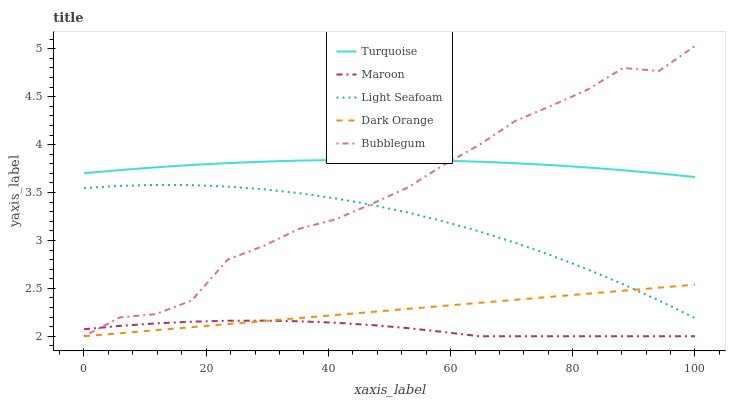
| xaxis_label | Turquoise | Maroon | Light Seafoam | Dark Orange | Bubblegum |
 | --- | --- | --- | --- | --- | --- |
 | 0 | 3.7 | 2.07 | 3.55 | 2 | 2 |
 | 5.88 | 3.73 | 2.11 | 3.57 | 2.03 | 2.2 |
 | 11.8 | 3.76 | 2.13 | 3.58 | 2.06 | 2.23 |
 | 17.6 | 3.79 | 2.15 | 3.58 | 2.1 | 2.37 |
 | 23.5 | 3.81 | 2.16 | 3.56 | 2.13 | 2.8 |
 | 29.4 | 3.82 | 2.16 | 3.53 | 2.16 | 2.94 |
 | 35.3 | 3.83 | 2.16 | 3.49 | 2.19 | 3.12 |
 | 41.2 | 3.84 | 2.14 | 3.44 | 2.22 | 3.22 |
 | 47.1 | 3.84 | 2.12 | 3.37 | 2.25 | 3.38 |
 | 52.9 | 3.84 | 2.08 | 3.29 | 2.29 | 3.55 |
 | 58.8 | 3.83 | 2.04 | 3.2 | 2.32 | 3.79 |
 | 64.7 | 3.82 | 2 | 3.09 | 2.35 | 4 |
 | 70.6 | 3.81 | 2 | 2.98 | 2.38 | 4.25 |
 | 76.5 | 3.79 | 2 | 2.84 | 2.41 | 4.4 |
 | 82.4 | 3.76 | 2 | 2.7 | 2.44 | 4.57 |
 | 88.2 | 3.73 | 2 | 2.54 | 2.48 | 4.8 |
 | 94.1 | 3.7 | 2 | 2.37 | 2.51 | 4.77 |
 | 100 | 3.66 | 2 | 2.19 | 2.54 | 5.03 |